Juri_Uluots, lk 44
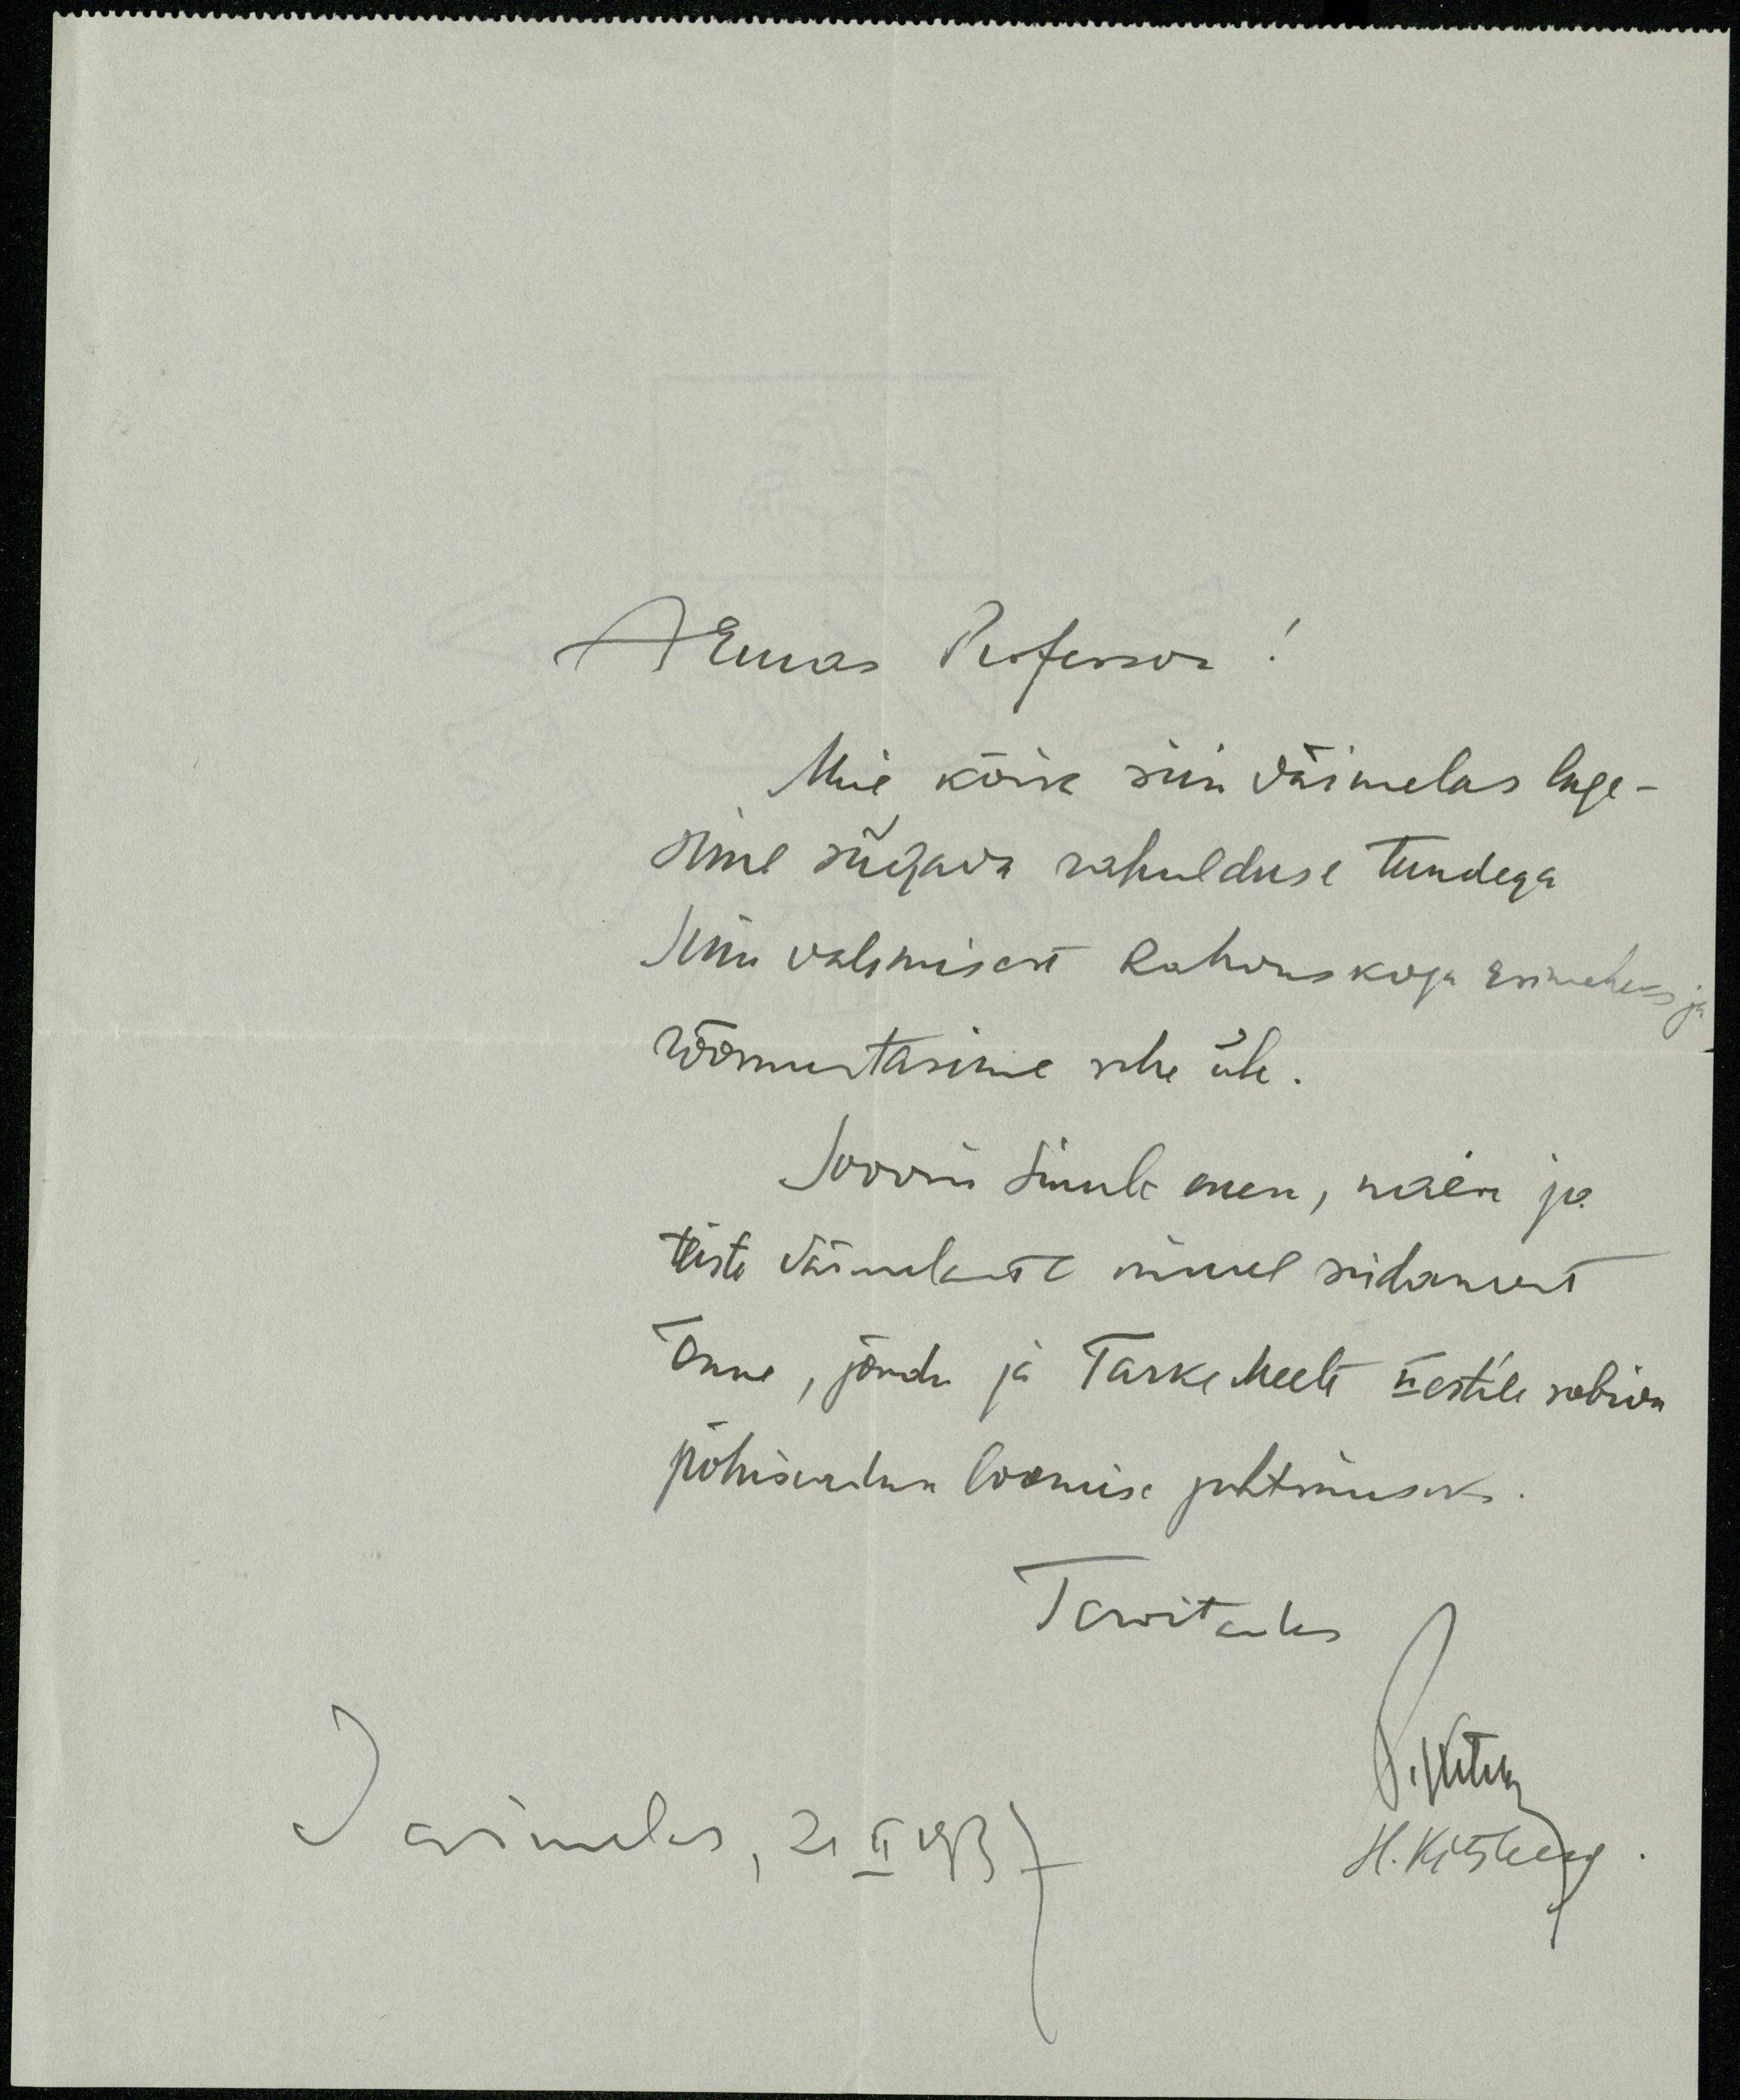
Armas Professor!
Meie kõik siin Väimelas luge-
sime sügava rahulduse tundega
Sinu valimisest Rahvuskogu Esimeheks ja
rõõmustasime sehe üle.
Soovin Sinule enese, naise jne.
teiste Väimelaste nimel südamest
õnne, jõudu ja Tarka meelt Eestile sobiva
põhiseaduse loomise juhtimiseks
Tervitades
Vaimelas, 21 II 1937
N. Kütteks
H. Kitsberg